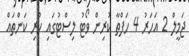
ޖަމީލް 2 އަހަރު 4 ހަފްތާ ކުރިން ވޯޓު ލިސްޓުގައި ހުރި ކަންތައް